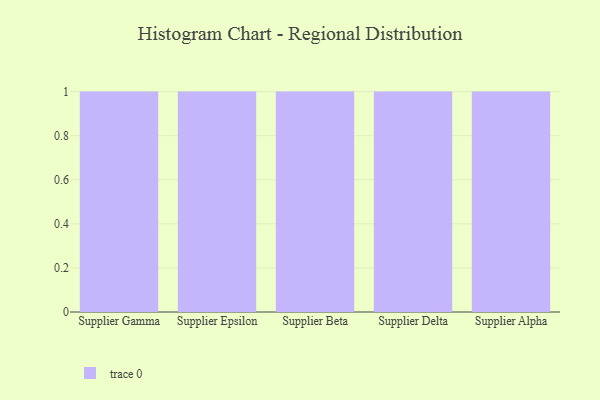
{"axis": {"x": "Supplier", "y": "Population (Million)"}, "legend": [""], "data": [{"x": "Supplier Gamma", "y": 3, "type": ""}, {"x": "Supplier Epsilon", "y": 10, "type": ""}, {"x": "Supplier Beta", "y": 99, "type": ""}, {"x": "Supplier Delta", "y": 97, "type": ""}, {"x": "Supplier Alpha", "y": 85, "type": ""}]}